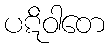
ပဋိဝါတေ